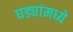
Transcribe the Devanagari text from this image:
घड्यांमध्ये